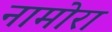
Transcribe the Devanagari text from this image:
नामोरा